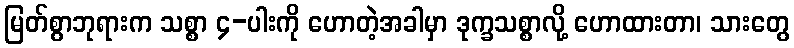
မြတ်စွာဘုရားက သစ္စာ ၄-ပါးကို ဟောတဲ့အခါမှာ ဒုက္ခသစ္စာလို့ ဟောထားတာ၊ သားတွေ